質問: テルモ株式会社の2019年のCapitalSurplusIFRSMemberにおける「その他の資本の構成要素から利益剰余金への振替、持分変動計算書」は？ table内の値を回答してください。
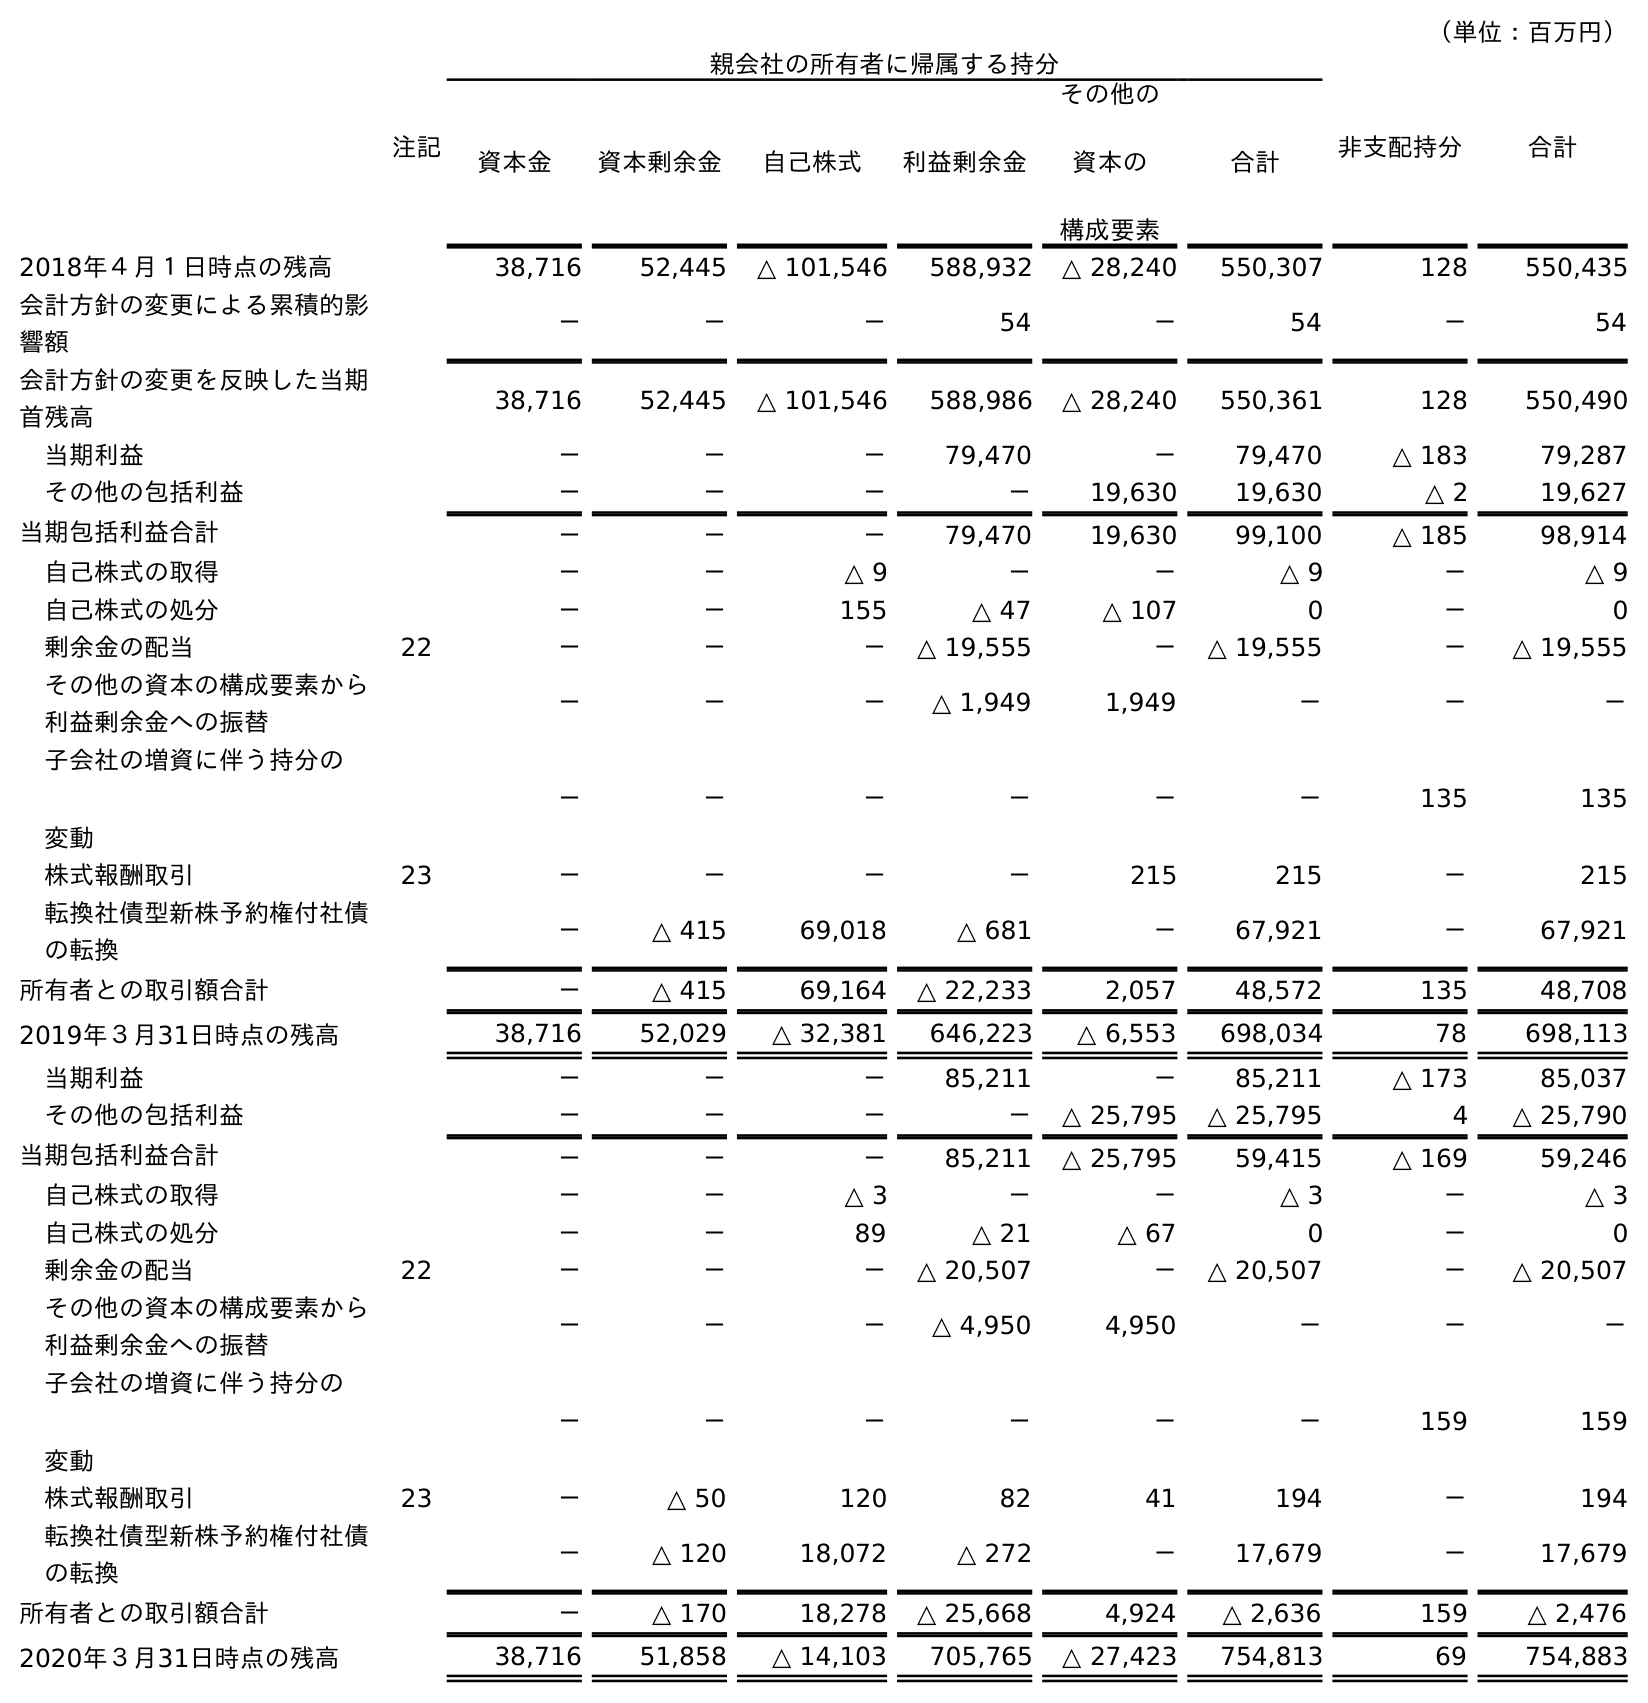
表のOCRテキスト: （単位：百万円） 注記 親会社の所有者に帰属する持分 非支配持分 合計 資本金 資本剰余金 自己株式 利益剰余金 その他の 資本の 構成要素 合計 2018年４月１日時点の残高 38,716 52,445 △ 101,546 588,932 △ 28,240 550,307 128 550,435 会計方針の変更による累積的影 響額 － － － 54 － 54 － 54 会計方針の変更を反映した当期 首残高 38,716 52,445 △ 101,546 588,986 △ 28,240 550,361 128 550,490 当期利益 － － － 79,470 － 79,470 △ 183 79,287 その他の包括利益 － － － － 19,630 19,630 △ 2 19,627 当期包括利益合計 － － － 79,470 19,630 99,100 △ 185 98,914 自己株式の取得 － － △ 9 － － △ 9 － △ 9 自己株式の処分 － － 155 △ 47 △ 107 0 － 0 剰余金の配当 22 － － － △ 19,555 － △ 19,555 － △ 19,555 その他の資本の構成要素から 利益剰余金への振替 － － － △ 1,949 1,949 － － － 子会社の増資に伴う持分の 変動 － － － － － － 135 135 株式報酬取引 23 － － － － 215 215 － 215 転換社債型新株予約権付社債 の転換 － △ 415 69,018 △ 681 － 67,921 － 67,921 所有者との取引額合計 － △ 415 69,164 △ 22,233 2,057 48,572 135 48,708 2019年３月31日時点の残高 38,716 52,029 △ 32,381 646,223 △ 6,553 698,034 78 698,113 当期利益 － － － 85,211 － 85,211 △ 173 85,037 その他の包括利益 － － － － △ 25,795 △ 25,795 4 △ 25,790 当期包括利益合計 － － － 85,211 △ 25,795 59,415 △ 169 59,246 自己株式の取得 － － △ 3 － － △ 3 － △ 3 自己株式の処分 － － 89 △ 21 △ 67 0 － 0 剰余金の配当 22 － － － △ 20,507 － △ 20,507 － △ 20,507 その他の資本の構成要素から 利益剰余金への振替 － － － △ 4,950 4,950 － － － 子会社の増資に伴う持分の 変動 － － － － － － 159 159 株式報酬取引 23 － △ 50 120 82 41 194 － 194 転換社債型新株予約権付社債 の転換 － △ 120 18,072 △ 272 － 17,679 － 17,679 所有者との取引額合計 － △ 170 18,278 △ 25,668 4,924 △ 2,636 159 △ 2,476 2020年３月31日時点の残高 38,716 51,858 △ 14,103 705,765 △ 27,423 754,813 69 754,883
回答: －